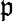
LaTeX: \mathfrak{p}